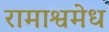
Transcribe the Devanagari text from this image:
रामाश्वमेध